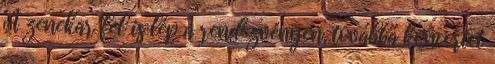
A zenekar fel is lép a rendezvényen, továbbá koncertet